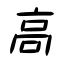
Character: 高